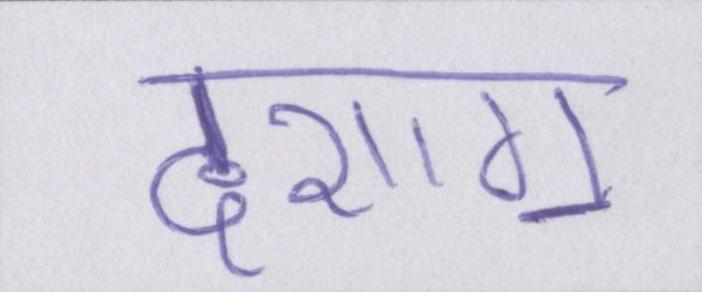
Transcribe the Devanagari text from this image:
दशाॻ